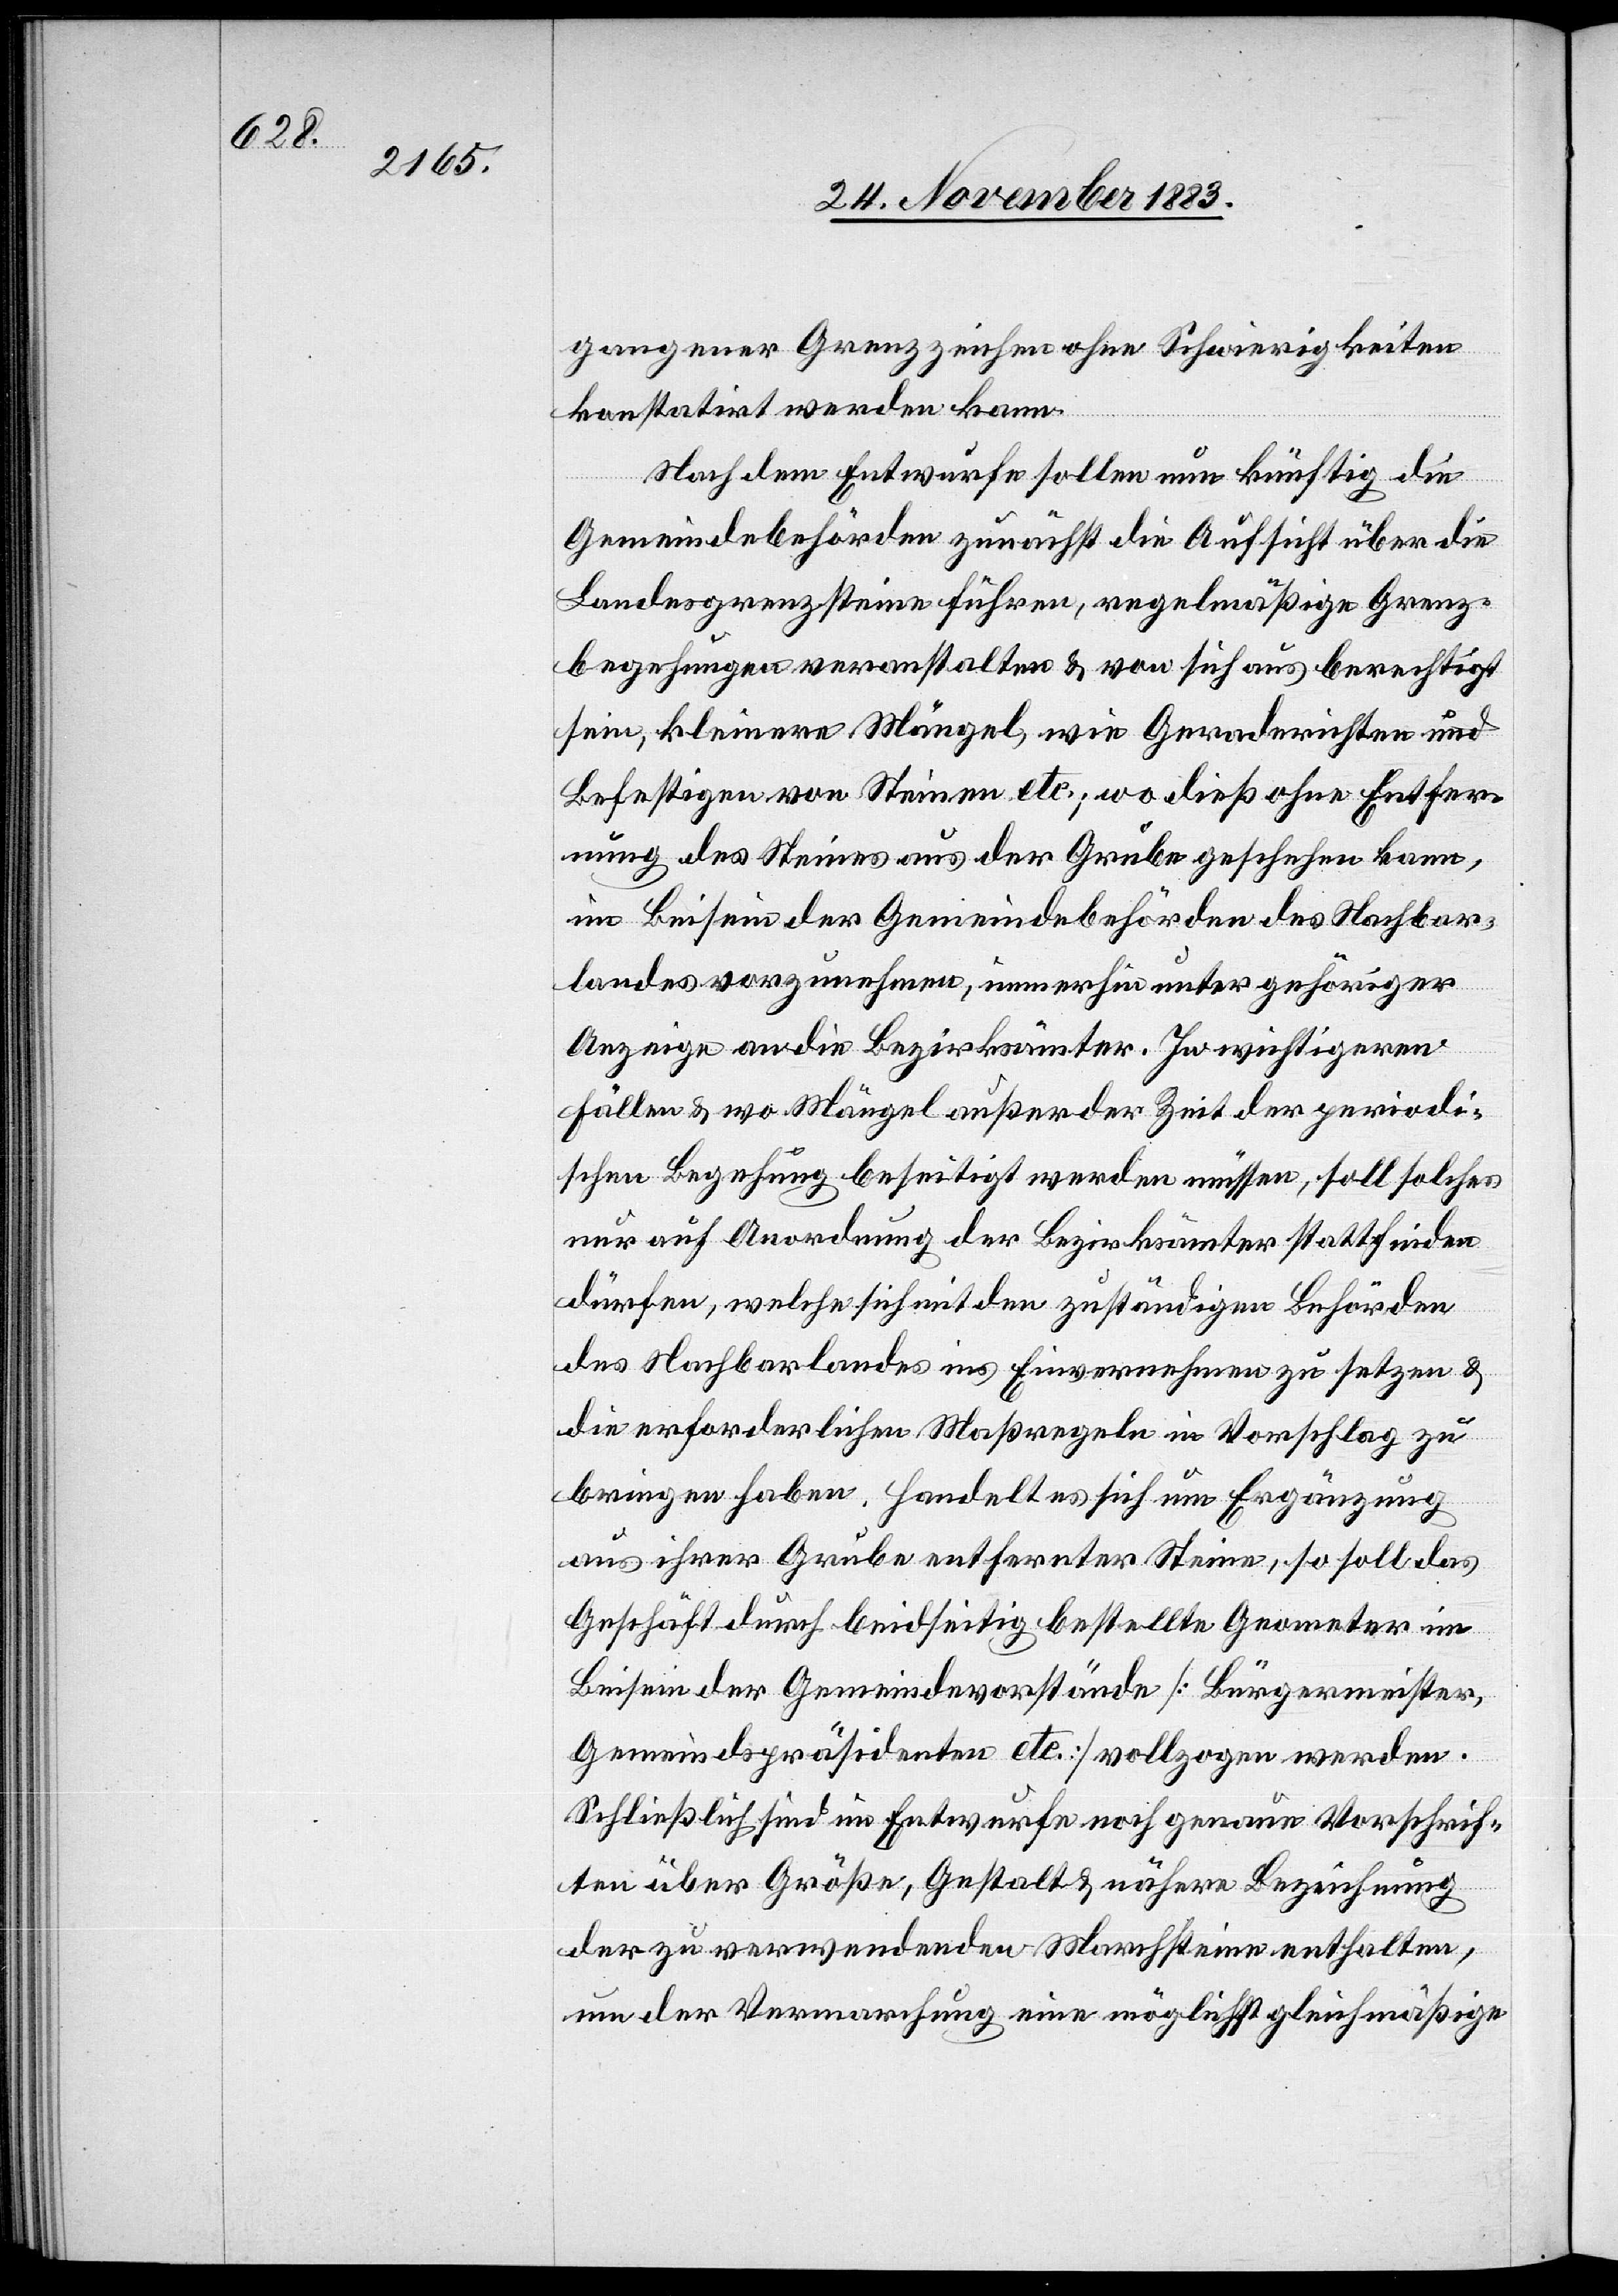
gangener Grenzzeichen ohne Schwierigkeiten
konstatirt werden kann.
Nach dem Entwurfe sollen nun künftig die
Gemeindebehörden zunächst die Aufsicht über die
Landesgrenzsteine führen, regelmäßige Grenz¬
begehungen veranstalten & von sich aus berechtigt
sein, kleinere Mängel, wie Geraderichten und
Befestigen von Steinen etc.; wo dieß ohne Entfer¬
nung des Steines aus der Grube geschehen kann,
im Beisein der Gemeindsbehörden des Nachbar¬
landes vorzunehmen, immerhin unter gehöriger
Anzeige an die Bezirksämter. In wichtigeren
Fällen & wo Mängel außer der Zeit der periodi¬
schen Begehung beseitigt werden müssen, soll solches
nur auf Anordnung der Bezirksämter stattfinden
dürfen, welche sich mit den zuständigen Behörden
des Nachbarlandes ins Einvernehmen zu setzen &
die erforderlichen Maßregeln in Vorschlag zu
bringen haben. Handelt es sich um Ergänzung
aus ihrer Grube entfernter Steine, so soll das
Geschäft durch beidseitig bestellte Geometer im
Beisein der Gemeindevorstände [Bürgermeister,
Gemeindspräsidenten etc.] vollzogen werden.
Schließlich sind im Entwurfe noch genaue Vorschrif¬
ten über Größe, Gestalt & nähere Bezeichnung
der zu verwendenden Marchsteine enthalten,
um der Vermarchung eine möglichst gleichmäßige